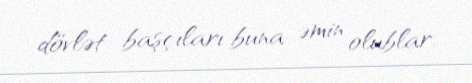
dövlət başçıları buna əmin olublar.